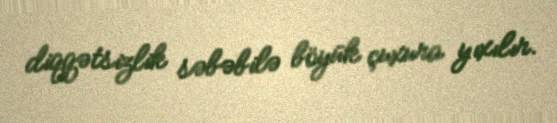
diqqətsizlik səbəbilə böyük çuxura yıxılır.